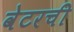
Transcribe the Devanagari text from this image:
वेटरची